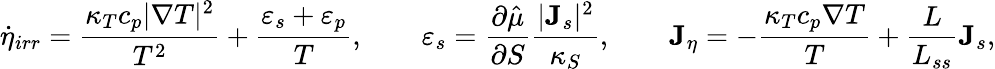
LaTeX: \dot{\eta}_{irr}=\frac{\kappa_{T}c_{p}|\nabla T|^{2}}{T^{2}}+\frac{\varepsilon_{s}+\varepsilon_{p}}{T},\qquad\varepsilon_{s}=\frac{\partial\hat{\mu}}{\partial S}\frac{|{\mathbf J}_{s}|^{2}}{\kappa_{S}},\qquad{\mathbf J}_{\eta}=-\frac{\kappa_{T}c_{p}\nabla T}{T}+\frac{L}{L_{ss}}{\mathbf J}_{s},